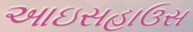
આઇસહાઉસ